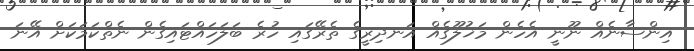
އިންސާނެއް ނޫނީ އެހެން މަޚުލޫގެއް އަނދިރީގެ ތެރޭގައި ހުރެ ބަލަހައްޓައިގެން ނެތްކަމަކަށް އޭނަ